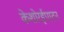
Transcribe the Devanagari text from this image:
केशोरईपाटन